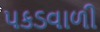
પકડવાળી